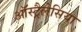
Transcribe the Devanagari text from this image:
ऑस्ट्रैलेसिया